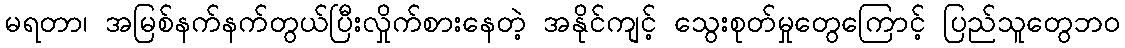
မရတာ၊ အမြစ်နက်နက်တွယ်ပြီးလှိုက်စားနေတဲ့ အနိုင်ကျင့် သွေးစုတ်မှုတွေကြောင့် ပြည်သူတွေဘ၀